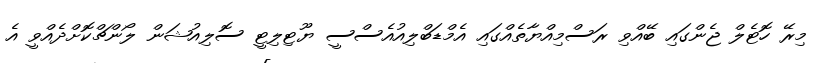
މިރޭ ހޮޓެލް ޖެންގައި ބޭއްވި ރަސްމިއްޔާތެއްގައި އެމްޑަބްލިއުއެސްސީ ޔޫޓިލިޓީ ސޮލިއުޝަން ލޯންޗްކޮށްދެއްވީ އެ